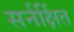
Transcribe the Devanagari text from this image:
सर्नर्क्षित